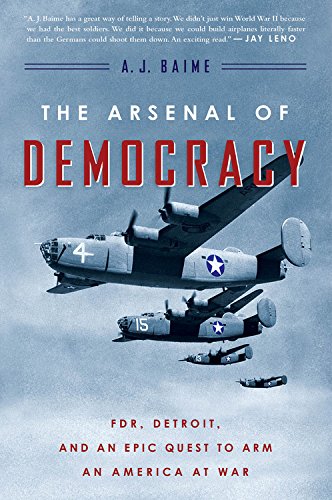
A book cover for The Arsenal of Democracy: FDR, Detroit, and an Epic Quest to Arm an America at War; A. J. Baime; Engineering & Transportation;